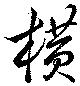
横